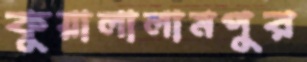
কুয়ালালামপুর